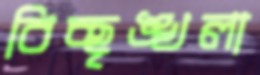
বিচ্ছৃঙ্খলা